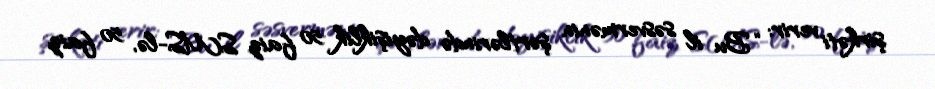
şirkəti verir: “Bu il səsvermənin şərtlərində dəyişiklik 50 faiz SMS-lə, 50 faiz